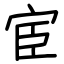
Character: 宦